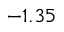
- 1 . 3 5